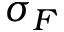
\sigma _ { F }